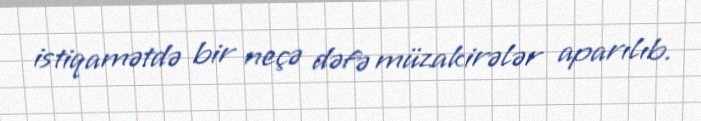
istiqamətdə bir neçə dəfə müzakirələr aparılıb.